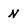
Character: N